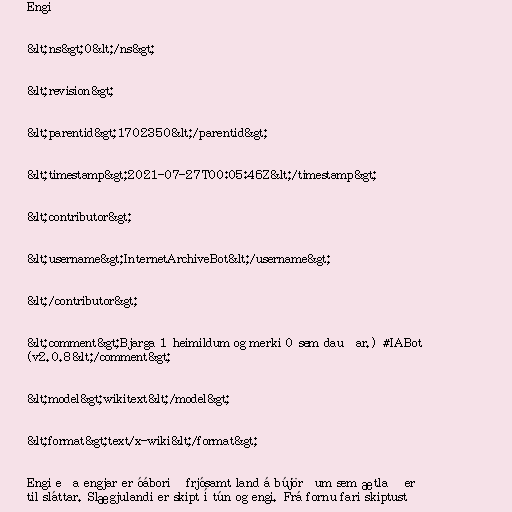
Engi

&lt;ns&gt;0&lt;/ns&gt;

&lt;revision&gt;

&lt;parentid&gt;1702350&lt;/parentid&gt;

&lt;timestamp&gt;2021-07-27T00:05:46Z&lt;/timestamp&gt;

&lt;contributor&gt;

&lt;username&gt;InternetArchiveBot&lt;/username&gt;

&lt;/contributor&gt;

&lt;comment&gt;Bjarga 1 heimildum og merki 0 sem dauðar.) #IABot
(v2.0.8&lt;/comment&gt;

&lt;model&gt;wikitext&lt;/model&gt;

&lt;format&gt;text/x-wiki&lt;/format&gt;

Engi eða engjar er óáborið frjósamt land á bújörðum sem ætlað er
til sláttar. Slægjulandi er skipt í tún og engi. Frá fornu fari skiptust